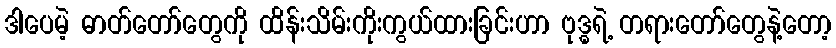
ဒါပေမဲ့ ဓာတ်တော်တွေကို ထိန်းသိမ်းကိုးကွယ်ထားခြင်းဟာ ဗုဒ္ဓရဲ့ တရားတော်တွေနဲ့တော့